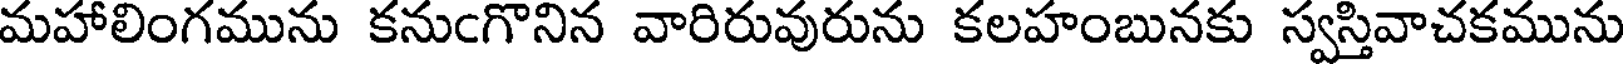
మహాలింగమును కనుఁగొనిన వారిరువురును కలహంబునకు స్వస్తివాచకమును